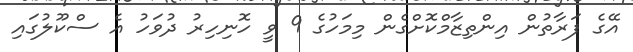
އޭގެ ފަރާތުން އިންތިޒާމްކޮށްގެން މިމަހުގެ 9 ވީ ހޮނިހިރު ދުވަހު އެ ސްކޫލުގައި